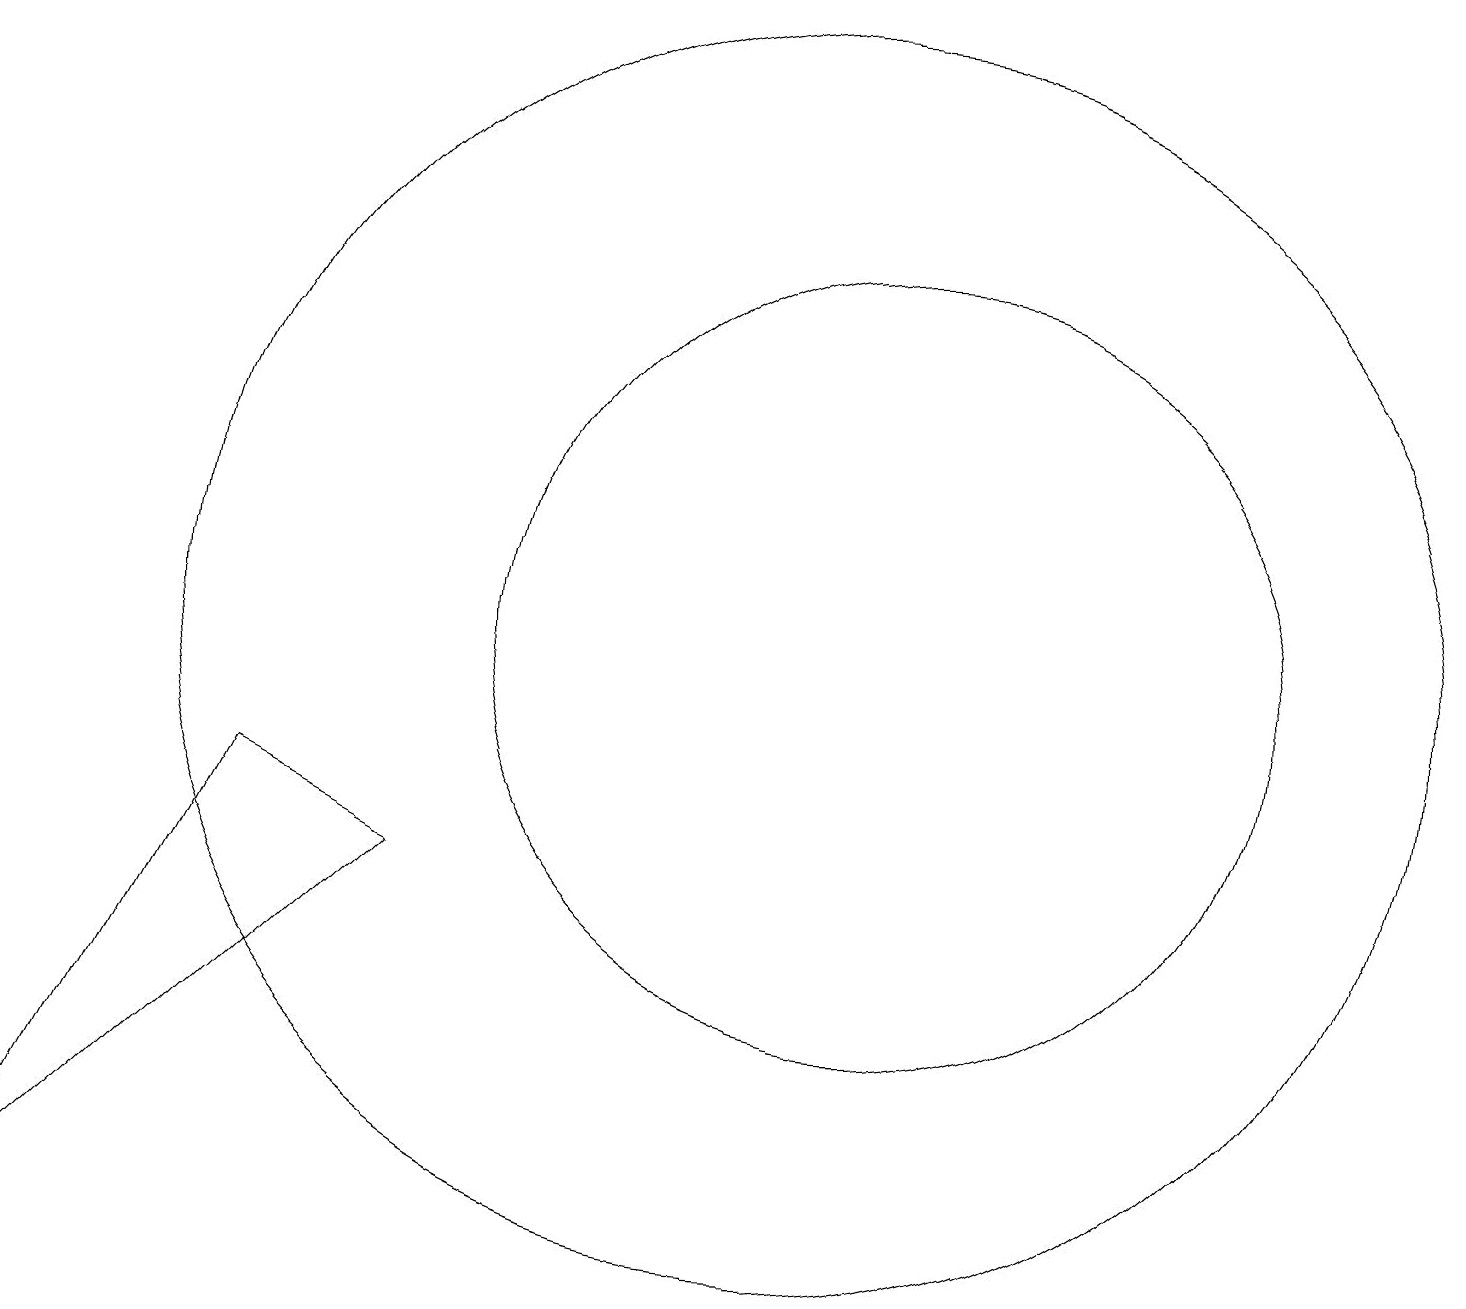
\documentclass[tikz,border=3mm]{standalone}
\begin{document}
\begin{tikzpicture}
\draw (11,10) circle (5);
\draw (10,10) circle (8);
\draw (3,8) -- (5,7) -- (0,2) -- cycle;
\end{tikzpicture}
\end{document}